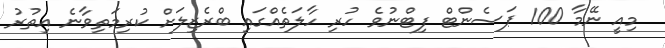
މިއީ ނޭމާ 100 ޕަސެންޓް ފިޓްނުވެ ހުރި ހާލަތެއްގައި ބްރެޒިލަށް ކުރިމަތިވާނެ އިތުރު